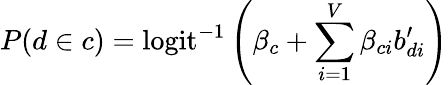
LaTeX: P(d\in c)=\mathrm{logit}^{-1}\left(\beta_{c}+\sum_{i=1}^{V}\beta_{ci}b_{di}^{\prime}\right)